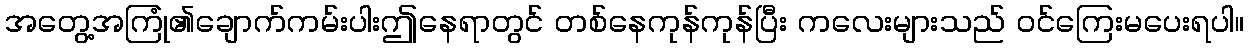
အတွေ့အကြုံ၏ချောက်ကမ်းပါးဤနေရာတွင် တစ်နေကုန်ကုန်ပြီး ကလေးများသည် ဝင်ကြေးမပေးရပါ။